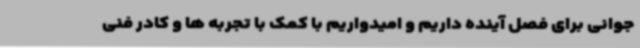
جوانی برای فصل آینده داریم و امیدواریم با کمک با تجربه ها و کادر فنی